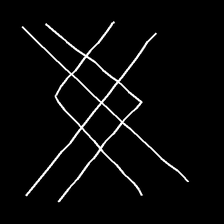
Glyph: crystal